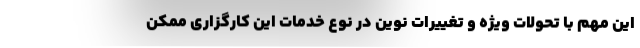
این مهم با تحولات ویژه و تغییرات نوین در نوع خدمات این کارگزاری ممکن